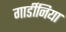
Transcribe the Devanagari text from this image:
गार्डीनिया